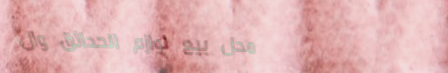
محل بيع لوازم الحدائق وال